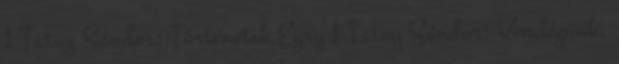
1 Tatay Sándor: Történetek Egry 1 Tatay Sándor: Vendégünk,